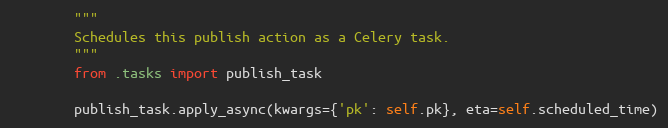
Language: Python
        """
        Schedules this publish action as a Celery task.
        """
        from .tasks import publish_task

        publish_task.apply_async(kwargs={'pk': self.pk}, eta=self.scheduled_time)